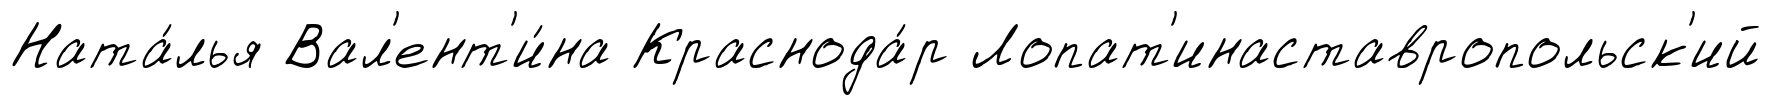
Ната́лья Вал'ент'и́на Краснода́р Лопат'инаставропольск'ий